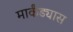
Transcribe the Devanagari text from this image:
मार्कंड्यास